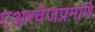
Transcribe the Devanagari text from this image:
एअरवेजप्रमाणे